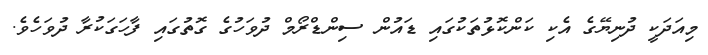
މިއަދަކީ ދުނިޔޭގެ އެކި ކަންކޮޅުތަކުގައި ޑައުން ސިންޑްރޯމް ދުވަހުގެ ގޮތުގައި ފާހަގަކުރާ ދުވަހެވެ.